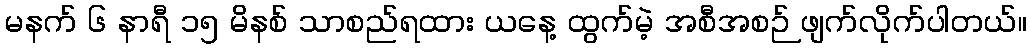
မနက် ၆ နာရီ ၁၅ မိနစ် သာစည်ရထား ယနေ့ ထွက်မဲ့ အစီအစဉ် ဖျက်လိုက်ပါတယ်။